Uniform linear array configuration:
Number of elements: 64
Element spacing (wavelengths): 0.5
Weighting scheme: uniform
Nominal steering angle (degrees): -30
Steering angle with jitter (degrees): -29.531
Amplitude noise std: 0.05
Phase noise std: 0.05

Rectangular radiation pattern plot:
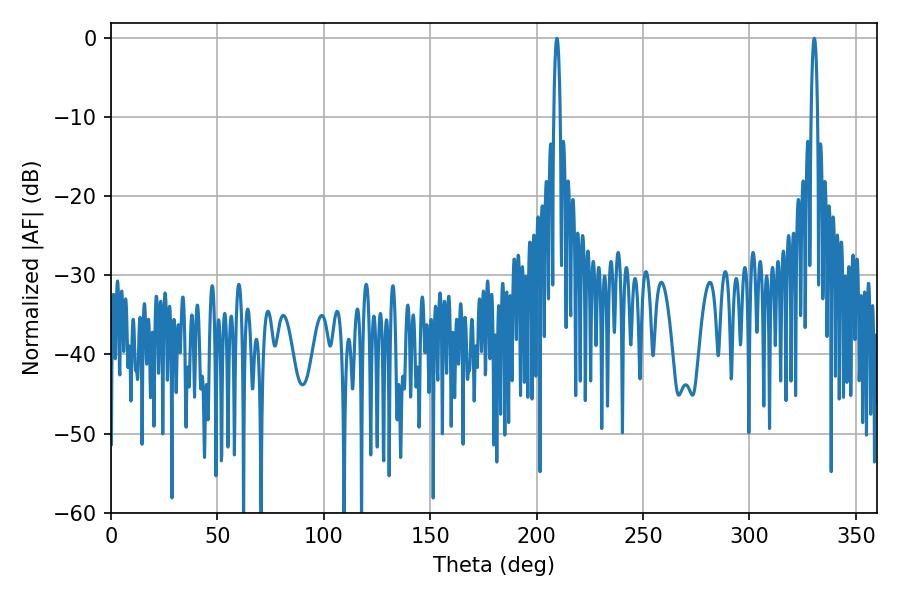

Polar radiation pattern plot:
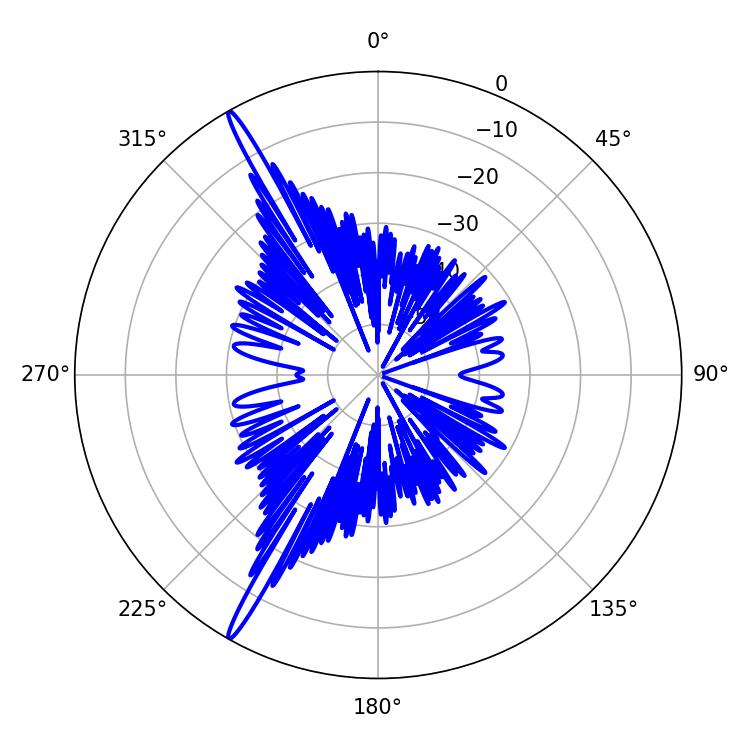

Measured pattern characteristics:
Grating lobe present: FALSE
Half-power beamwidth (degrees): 1.62
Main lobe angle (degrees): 330.48